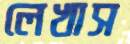
লেখাস